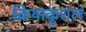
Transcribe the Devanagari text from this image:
क्रियाकुशल